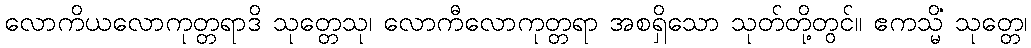
လောကိယလောကုတ္တရာဒိ သုတ္တေသု၊ လောကီလောကုတ္တရာ အစရှိသော သုတ်တို့တွင်။ ဧကသ္မိံ သုတ္တေ၊